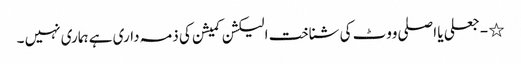
٭ - جعلی یا اصلی ووٹ کی شناخت الیکشن کمیشن کی ذمہ داری ہے ہماری نہیں ۔